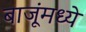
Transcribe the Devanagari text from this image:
बाजूंमध्ये